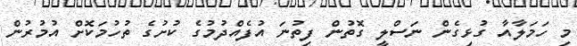
މި ހަމަލާއާ ގުޅިގެން ނަސްލީ ގޮތުން ފިތުނަ އުފެއްދުމުގެ ކުށުގެ ތުހުމަކޮށް އުމުރުން